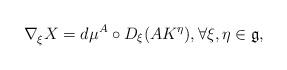
LaTeX: \begin{align*} \nabla^{}_{\xi} X = d\mu^A \circ D_{\xi}(AK^{\eta}), \forall \xi,\eta \in \mathfrak{g},\end{align*}